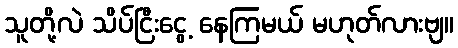
သူတို့လဲ သိပ်ငြီးငွေ့ နေကြမယ် မဟုတ်လားဗျ။